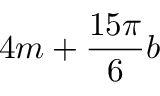
4 m + \frac { 1 5 \pi } { 6 } b